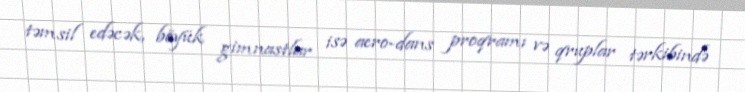
təmsil edəcək, böyük gimnastlar isə aero-dans proqramı və qruplar tərkibində